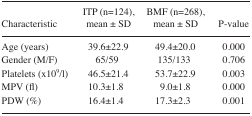
| Characteristic | ITP (n=124), mean ± SD | BMF (n=268),mean ± SD | P-value |
 | --- | --- | --- | --- |
 | Age (years) | 39.6±22.9 | 49.4±20.0 | 0.000 |
 | Gender (M/F) | 65/59 | 135/133 | 0.706 |
 | Platelets (×109/l) | 46.5±21.4 | 53.7±22.9 | 0.003 |
 | MPV (fl) | 10.3±1.8 | 9.0±1.8 | 0.000 |
 | PDW (%) | 16.4±1.4 | 17.3±2.3 | 0.001 |